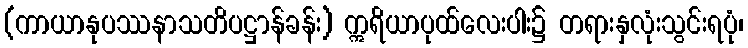
(ကာယာနုပဿနာသတိပဋ္ဌာန်ခန်း) ဣရိယာပုထ်လေးပါး၌ တရားနှလုံးသွင်းရပုံ၊